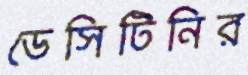
ডেসিটিনির